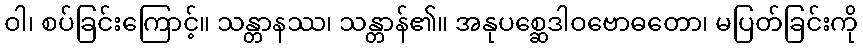
ဝါ၊ စပ်ခြင်းကြောင့်။ သန္တာနဿ၊ သန္တာန်၏။ အနုပစ္ဆေဒါဝဗောဓတော၊ မပြတ်ခြင်းကို